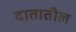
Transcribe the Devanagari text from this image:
दातातील